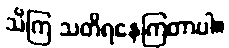
သိကြ သတိရနေကြတာပါ။